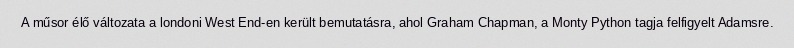
A műsor élő változata a londoni West End-en került bemutatásra, ahol Graham Chapman, a Monty Python tagja felfigyelt Adamsre.